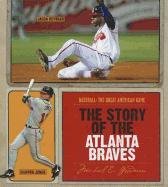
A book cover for The Story of the Atlanta Braves (Baseball the Great American Game); Michael E. Goodman; Teen & Young Adult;